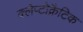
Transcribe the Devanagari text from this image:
क्लेप्टोक्रैटिक